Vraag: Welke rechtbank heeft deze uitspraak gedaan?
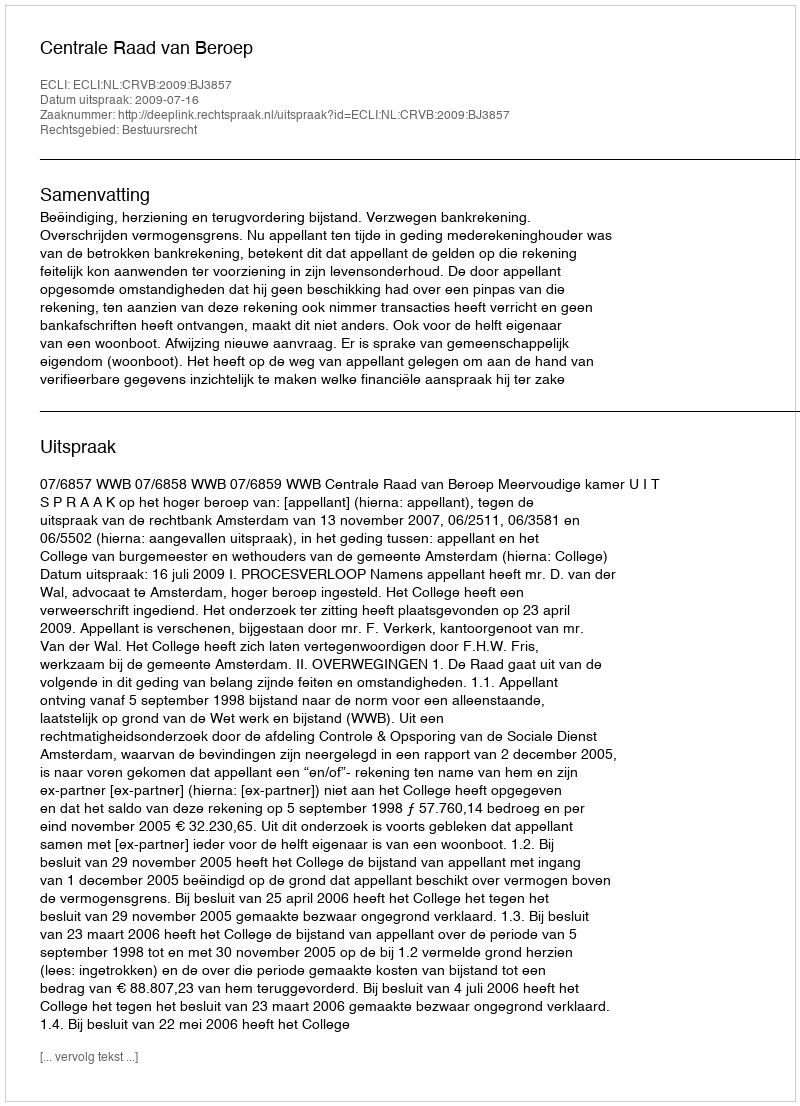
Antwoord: Centrale Raad van Beroep